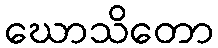
ဃောသိတော